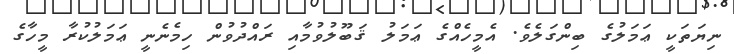
ނިޔަތަކީ ޢަމަލުގެ ބިންގަލެވެ. އެމީހެއްގެ ޢަމަލު ޤަބޫލުވުމާއި ރައްދުވުން ހިމެނެނީ ޢަމަލުކުރާ މީހާގެ